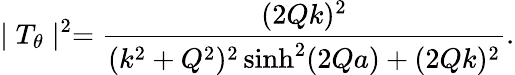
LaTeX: \mid T_{\theta}\mid^{2}=\frac{(2Qk)^{2}}{(k^{2}+Q^{2})^{2}\sinh^{2}(2Qa)+(2Qk)^{2}}.